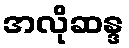
အလိုဆန္ဒ